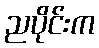
ညပိုင်းက